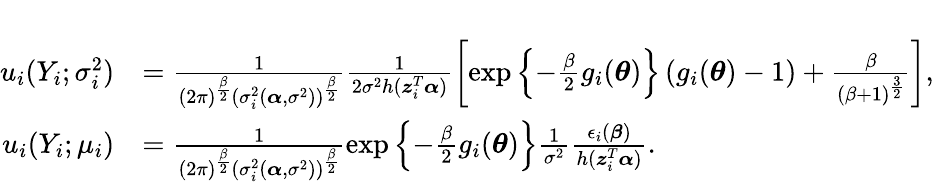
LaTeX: \begin{array}{rl}&{}\\ {u_{i}(Y_{i};\sigma_{i}^{2})}&{=\frac{1}{(2\pi)^{\frac{\beta}{2}}(\sigma_{i}^{2}(\boldsymbol{\alpha},\sigma^{2}))^{\frac{\beta}{2}}}\frac{1}{2\sigma^{2}h(\boldsymbol{z}_{i}^{T}\boldsymbol{\alpha})}\left[\exp\left\{ -\frac{\beta}{2}g_{i}(\boldsymbol{\theta})\right\} \left(g_{i}(\boldsymbol{\theta})-1\right)+\frac{\beta}{(\beta+1)^{\frac{3}{2}}}\right],}\\ {u_{i}(Y_{i};\mu_{i})}&{=\frac{1}{(2\pi)^{\frac{\beta}{2}}(\sigma_{i}^{2}(\boldsymbol{\alpha},\sigma^{2}))^{\frac{\beta}{2}}}\exp\left\{ -\frac{\beta}{2}g_{i}(\boldsymbol{\theta})\right\} \frac{1}{\sigma^{2}}\frac{\epsilon_{i}(\boldsymbol{\beta})}{h(\boldsymbol{z}_{i}^{T}\boldsymbol{\alpha})}.}\end{array}